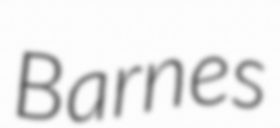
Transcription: Barnes